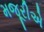
મજૂરીએ